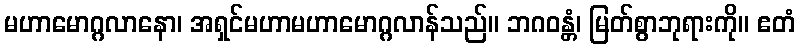
မဟာမောဂ္ဂလာနော၊ အရှင်မဟာမဟာမောဂ္ဂလာန်သည်။ ဘဂဝန္တံ၊ မြတ်စွာဘုရားကို။ ဧတံ